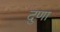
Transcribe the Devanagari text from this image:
दुणा